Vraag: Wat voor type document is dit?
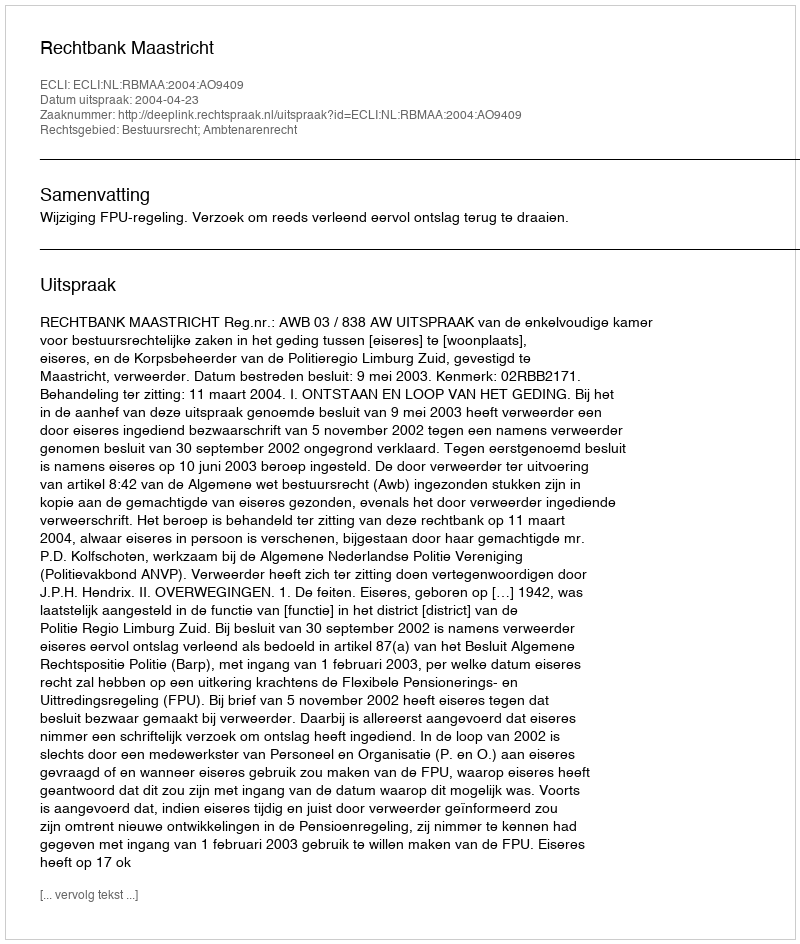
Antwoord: Uitspraak